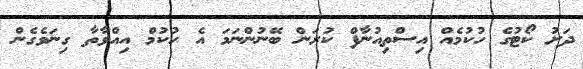
ދަށު ކޯޓުގެ ހުކުމެއް އިސްތިއުނާފް ކުރަން ބޭނުންނަމަ އެ ހުކުމް އިއްވާތާ ގިނަވެގެން